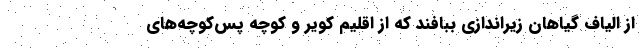
از الیاف گیاهان زیراندازی ببافند که از اقلیم کویر و کوچه پس‌کوچه‌های